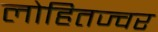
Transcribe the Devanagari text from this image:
लोहितज्वर